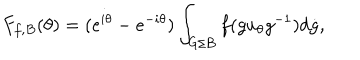
LaTeX: F _ { f , B } ( \theta ) = ( e ^ { i \theta } - e ^ { - i \theta } ) \int _ { G / B } f ( g u _ { \theta } g ^ { - 1 } ) d \dot { g } ,